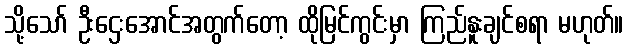
သို့သော် ဦးဌေးအောင်အတွက်တော့ ထိုမြင်ကွင်းမှာ ကြည်နူးချင်စရာ မဟုတ်။